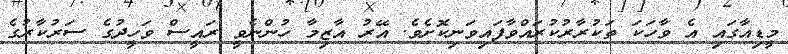
މީޑިއާގައި އެ ވާހަކަ ތަކުރާރުކުރައްވާފައިވަނިކޮށެވެ. އޭރު އާޒިމާ ހުންނެވީ ރައީސް ވަހީދުގެ ސަރުކާރުގެ